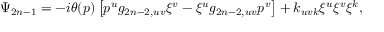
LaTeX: \Psi _ { 2 n - 1 } = - i \theta ( p ) \left[ p ^ { u } g _ { 2 n - 2 , u v } \xi ^ { v } - \xi ^ { u } g _ { 2 n - 2 , u v } p ^ { v } \right] + k _ { u v k } \xi ^ { u } \xi ^ { v } \xi ^ { k } ,